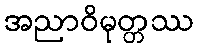
အညာဝိမုတ္တဿ